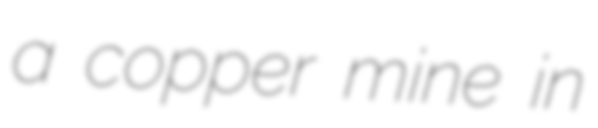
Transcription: a copper mine in